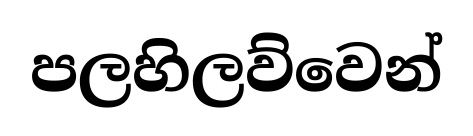
පලහිලව්වෙන්